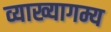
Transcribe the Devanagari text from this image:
व्याख्यागम्य